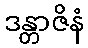
ဒန္တာဇိနံ